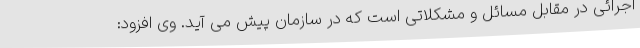
اجرائی در مقابل مسائل و مشکلاتی است که در سازمان پیش می آید. وی افزود: